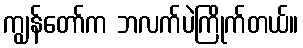
ကျွန်တော်က ဘလက်ပဲကြိုက်တယ်။